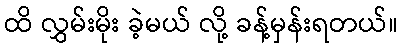
ထိ လွှမ်းမိုး ခဲ့မယ် လို့ ခန့်မှန်းရတယ်။